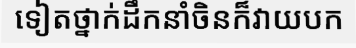
ទៀតថ្នាក់ដឹកនាំចិនក៏វាយបក